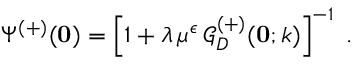
\Psi ^ { ( + ) } ( { \bf 0 } ) = \left[ 1 + \lambda \, \mu ^ { \epsilon } \, { \mathcal G } _ { { D } } ^ { ( + ) } ( { \bf 0 } ; k ) \right] ^ { - 1 } \; .